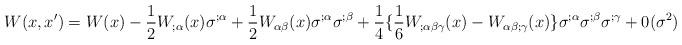
LaTeX: \begin{align*}W(x,x')=W(x)-\frac{1}{2}W_{;\alpha}(x) \sigma^{;\alpha}+\frac{1}{2}W_{\alpha \beta}(x)\sigma^{;\alpha} \sigma^{;\beta}+\frac{1}{4}\{\frac{1}{6}W_{;\alpha\beta\gamma}(x)-W_{\alpha\beta;\gamma}(x)\}\sigma^{;\alpha}\sigma^{;\beta}\sigma^{;\gamma}+0(\sigma^{2})\end{align*}